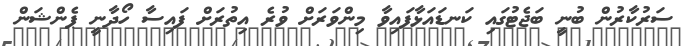
ސަރުކާރުން ބުނީ ބަޖެޓުގައި ކަނޑައަޅާފައިވާ މިންވަރަށް ވުރެ އިތުރަށް ފައިސާ ހޯދާނީ ޕެންޝަން